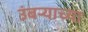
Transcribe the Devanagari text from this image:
उंबर्‍याच्या